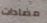
مضادات